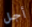
أجل